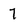
Character: 7